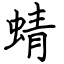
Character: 蜻